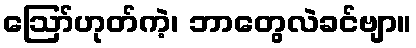
ဪဟုတ်ကဲ့၊ ဘာတွေလဲခင်ဗျာ။